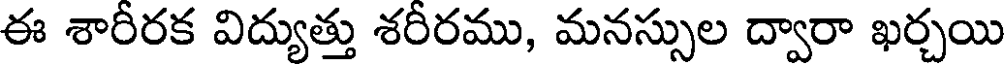
ఈ శారీరక విద్యుత్తు శరీరము, మనస్సుల ద్వారా ఖర్చయి